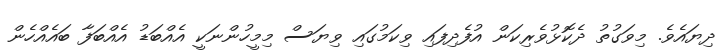
ދިޔައެވެ. މިވަގުތު ދެކޮޅުވެރިކަން އުފެދިފައި ވިކަމުގައި ވިޔަސް މިމީހުންނަކީ އެއްބަޑު އެއްބަފާ ބައެއްހެން